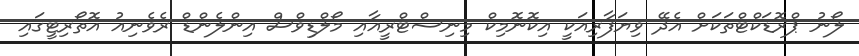
ލޯނު ޕްރޮޑަކްޓްތަކަށް އެދޭ ވިޔަފާރިއަކީ އިކޮނޮމިކް މިނިސްޓްރީއާއި މޯލްޑިވްސް އިންލެންޑް ރެވެނިއު އޮތޯރިޓީގައި